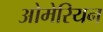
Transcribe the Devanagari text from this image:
ओमेरियन